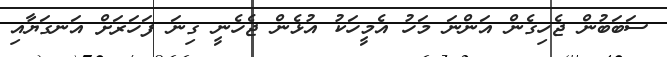
ސަބަބުން ޖެހިގެން އަންނަ މަހު އެމީހަކު އުޅެން ޖެހެނީ ގިނަ ފަހަރަށް އަނގަޔާއި